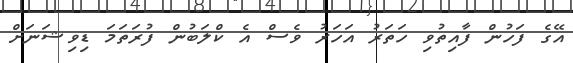
އޭގެ ފަހުން ފާއިތުވި ހަތަރު އަހަރު ވެސް އެ ކްލަބުން ފުރަތަމަ ޑިވިޝަނަށް